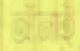
আঁনাই